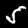
Digit: 5